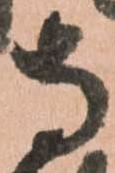
寺